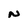
Character: N